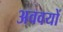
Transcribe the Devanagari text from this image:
अववयों